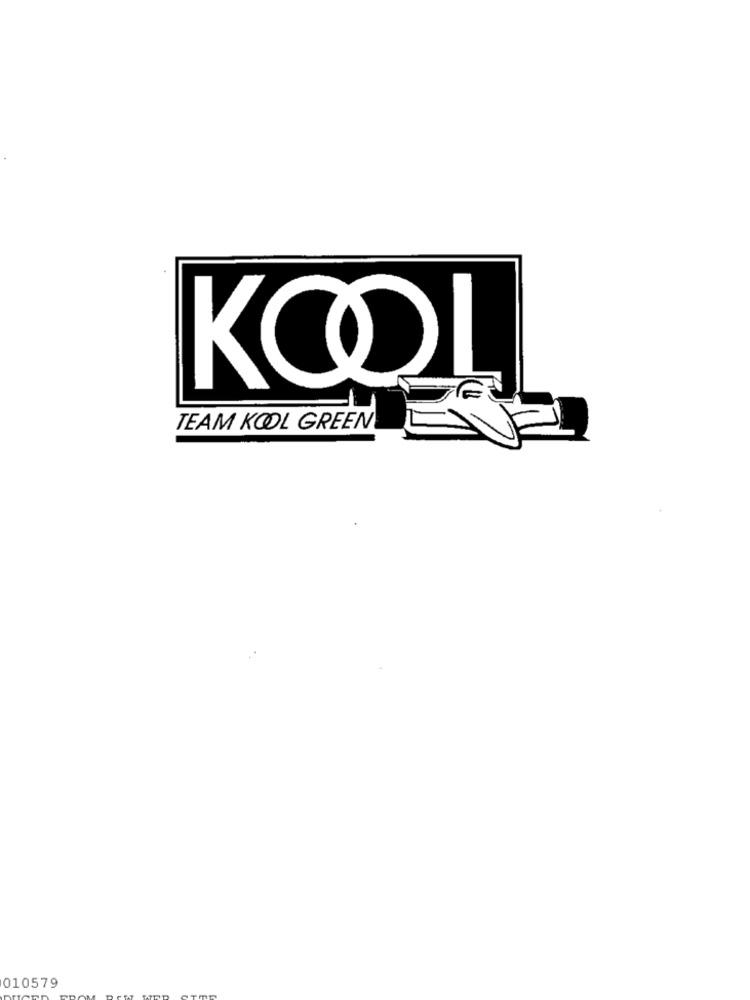
KOOL
TEAM KOOL GREEN
010579